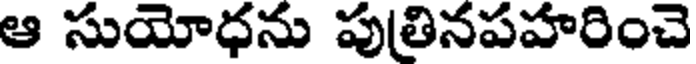
ఆ సుయోధను పుతినపహరించె